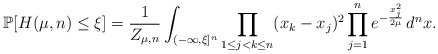
\begin{align*}\mathbb{P}[H(\mu,n)\le\xi]=\frac 1{Z_{\mu,n}}\int_{(-\infty,\xi]^n}\prod_{1\le j<k\le n}(x_k-x_j)^2\prod_{j=1}^ne^{-\frac{x_j^2}{2\mu}}\,d^nx.\end{align*}